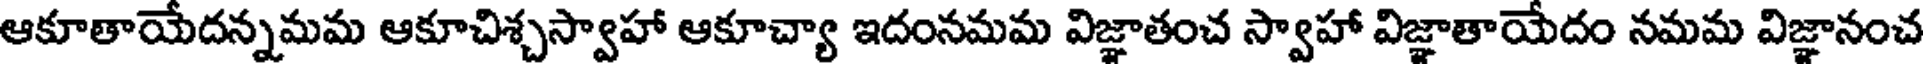
ఆకూతాయేదన్నమమ ఆకూచిశ్చస్వాహా ఆకూచ్యా ఇదంనమమ విజ్ఞాతంచ స్వాహా విజ్ఞాతాయేదం నమమ విజ్ఞానంచ